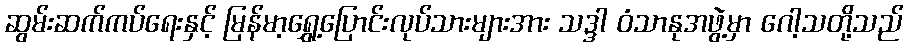
ဆွမ်းဆက်ကပ်ရေးနှင့် မြန်မာ့ရွှေ့ပြောင်းလုပ်သားများအား သဒ္ဒါ ဝံသာနုအဖွဲ့မှာ ဂေါ့သတို့သည်